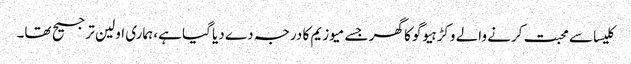
کلیسا سے محبت کرنے والے وکڑ ہیوگو کا گھر جسے میوزیم کا درجہ دے دیا گیا ہے، ہماری اولین ترجیح تھا۔